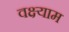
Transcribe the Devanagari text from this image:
वक्ष्याम